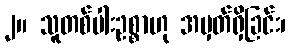
၂။ သူတစ်ပါးဥစ္စာဟု အမှတ်ရှိခြင်း၊